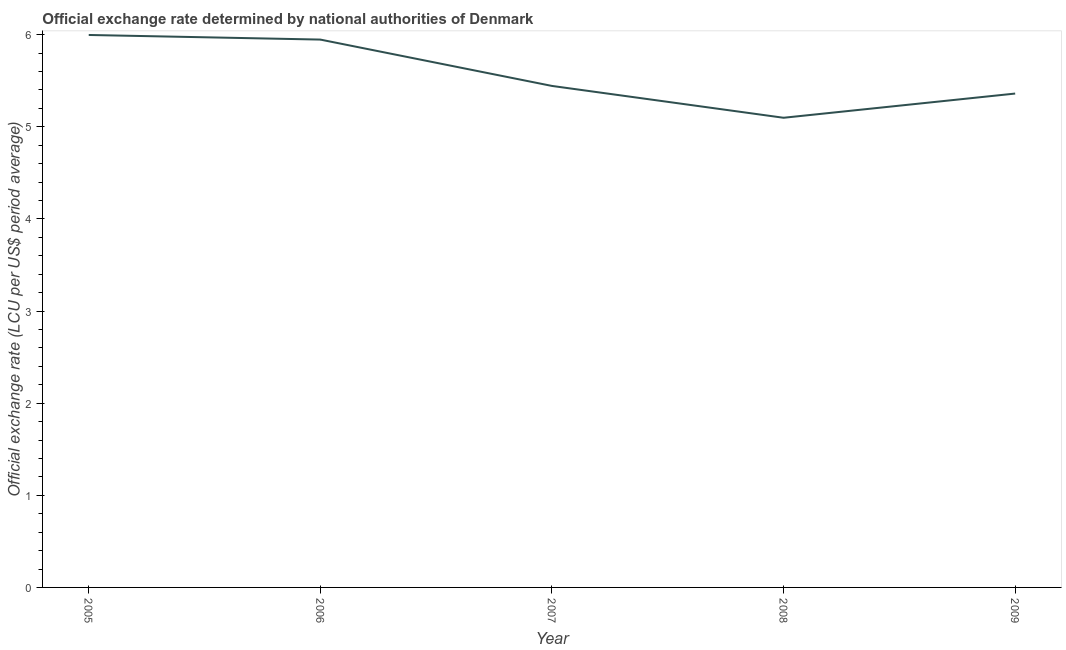
| Year | Official exchange rate |
 | --- | --- |
 | 2005 | 6 |
 | 2006 | 5.95 |
 | 2007 | 5.44 |
 | 2008 | 5.1 |
 | 2009 | 5.36 |